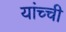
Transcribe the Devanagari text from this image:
यांच्ची